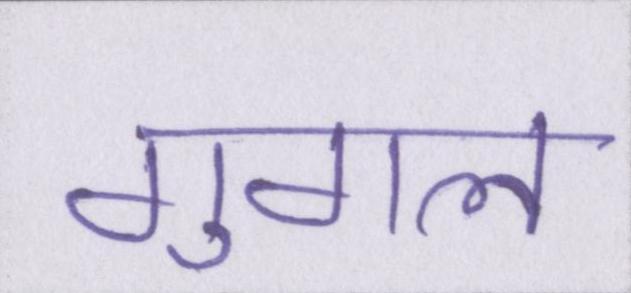
गुगल